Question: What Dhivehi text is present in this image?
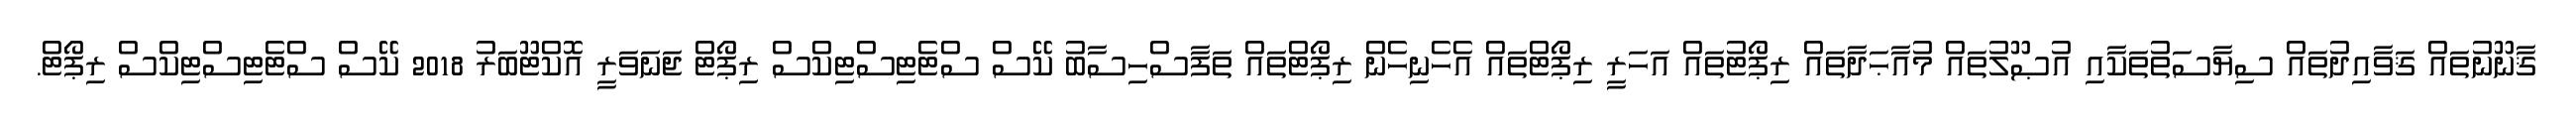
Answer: ޤާނޫނުތައް ޤަވާއިދުތައް ސިޔާސަތުތަކާއި އުޞޫލުތައް މުއާޙަދާތައް ރިޕޯޓުތައް އަހަރީ ރިޕޯޓްތައް އެހެނިހެން ރިޕޯޓްތައް ތަފާސްހިސާބު ކޭސް ސްޓެޓިސްޓިކްސް ރިޕޯޓް ޖަނަވަރީ އޮކްޓޫބަރު 2018 ކޭސް ސްޓެޓިސްޓިކްސް ރިޕޯޓް.